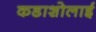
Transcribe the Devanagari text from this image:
कडाशोलाई